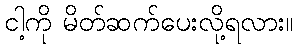
ငါ့ကို မိတ်ဆက်ပေးလို့ရလား။